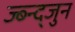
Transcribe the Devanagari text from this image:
ज्ब्न्द्जुन